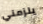
يلزمني